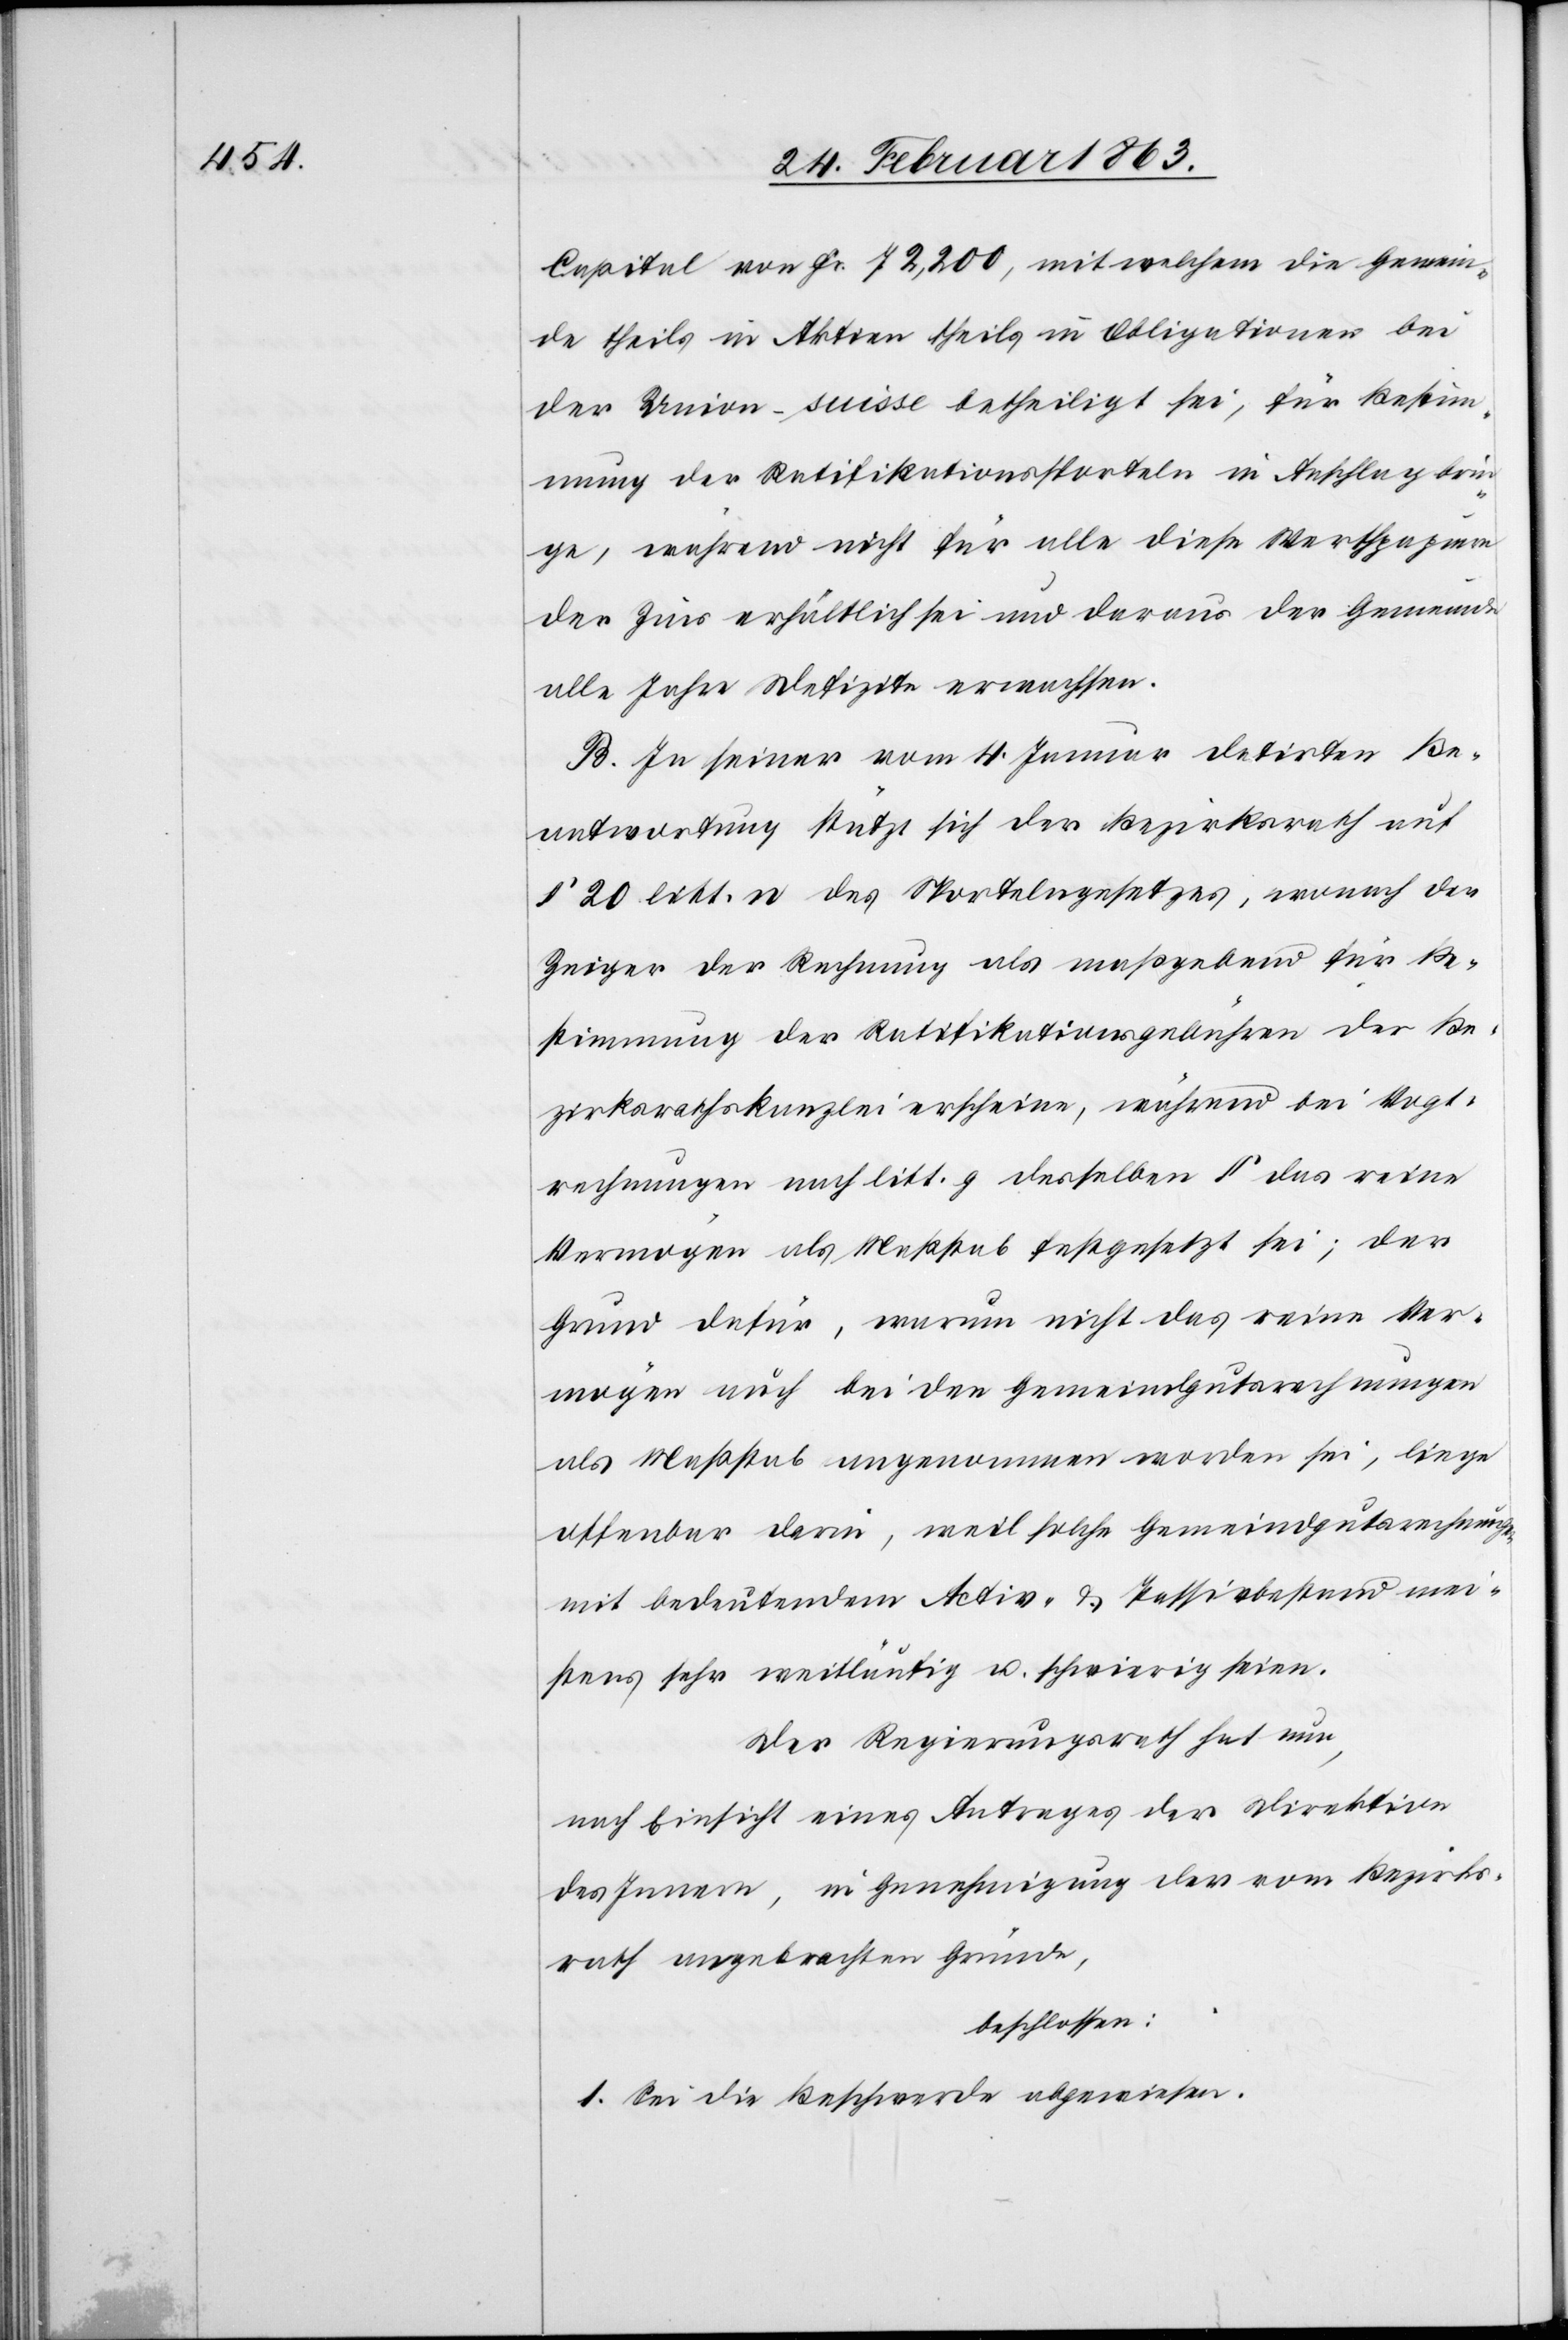
Capital von Fr. 72,200, mit welchem die Gemein¬
de theils in Aktien theils in Obligationen bei
der Union-suisse betheiligt sei, für Bestim¬
mung der Ratifikationssporteln in Anschlag brin¬
ge, während nicht für alle diese Werthpapiere
der Zins erhältlich sei und daraus der Gemeinde
alle Jahre Defizite erwachsen.
B. In seiner vom 4. Januar datirten Be¬
antwortung stützt sich der Bezirksrath auf
§ 20 litt. n des Sportelngesetzes, wonach die
Zeiger der Rechnung als maßgebend für Be¬
stimmung der Ratifikationsgebühren der Be¬
zirksrathskanzlei erscheine, während bei Vogt¬
rechnungen nach litt. g desselben § das reine
Vermögen als Maßstab festgesetzt sei; der
Grund dafür, warum nicht das reine Ver¬
mögen auch bei den Gemeindgutsrechnungen
als Maßstab angenommen worden sei, liege
offenbar darin, weil solche Gemeindgutsrechnungen
mit bedeutendem Activ- & Passivbestand mei¬
stens sehr weitläufig u. schwierig seien.
Der Regierungsrath hat nun,
nach Einsicht eines Antrages der Direktion
des Innern, bei Genehmigung der vom Bezirks¬
rath angebrachten Gründe,
beschlossen:
1. Sei die Beschwerde abgewiesen.